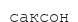
саксон